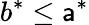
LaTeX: b^{*}\leq\mathsf{a}^{*}